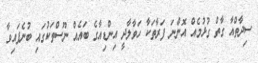
ސިދާތްއާ ގާތް ގުޅުމެއް އޮންނަ ފަރާތަކާ ހަވާލާދީ އިންޑިއާގެ ބައެއް ނޫސްތަކުގައި ބުނެފައިވާ